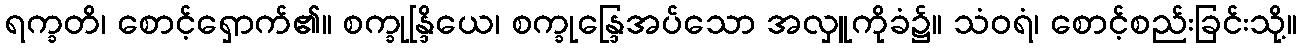
ရက္ခတိ၊ စောင့်ရှောက်၏။ စက္ခုန္ဒြိယေ၊ စက္ခုန္ဒြေအပ်သော အလှူကိုခံ၌။ သံဝရံ၊ စောင့်စည်းခြင်းသို့။